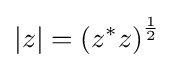
|z|=\left(z^{*}z\right)^{\frac {1}{2}}